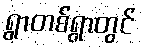
ရွာတစ်ရွာတွင်